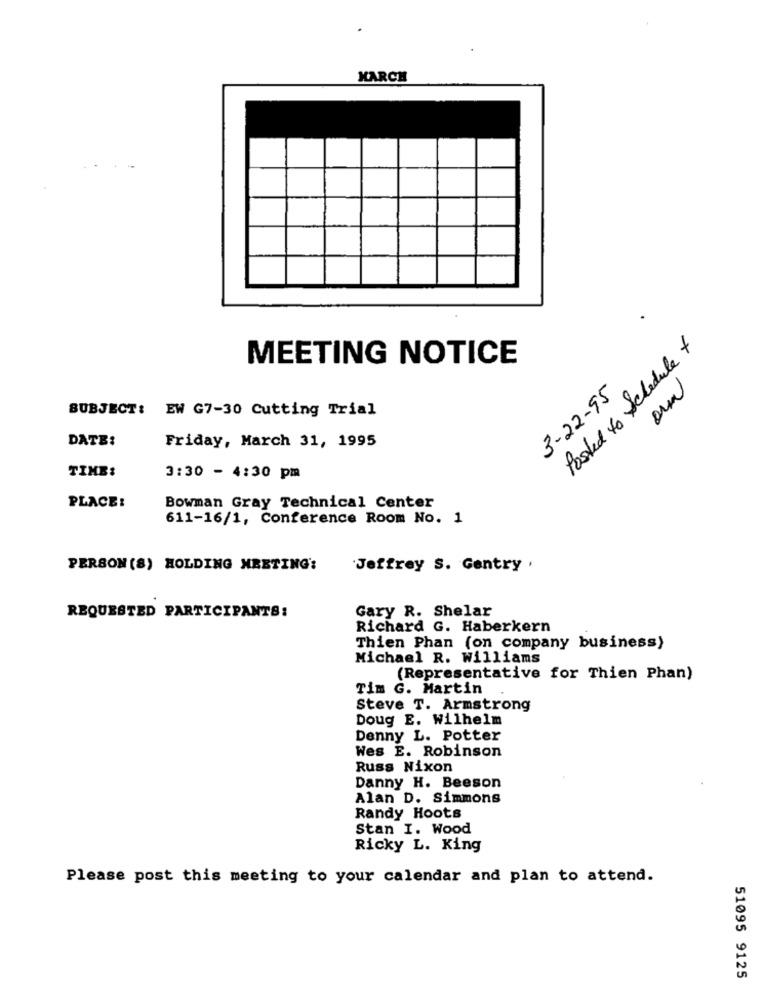
MARCH
Posted to Schedule +
MEETING NOTICE
3-22-95
SUBJECT: EW G7-30 Cutting Trial
DATE:
Friday, March 31, 1995
TIME:
3:30 - 4:30 pm
PLACE:
Bowman Gray Technical Center
611-16/1, Conference Room No. 1
PERSON (S) HOLDING MEETING:
Jeffrey S. Gentry .
Gary R. Shelar
REQUESTED PARTICIPANTS:
Richard G. Haberkern
Thien Phan (on company business)
Michael R. Williams
(Representative for Thien Phan)
Tim G. Martin
Steve T. Armstrong
Doug E. Wilhelm
Denny L. Potter
Wes E. Robinson
Russ Nixon
Danny H. Beeson
Alan D. Simmons
Randy Hoots
Stan I. Wood
Ricky L. King
Please post this meeting to your calendar and plan to attend.
51095 9125